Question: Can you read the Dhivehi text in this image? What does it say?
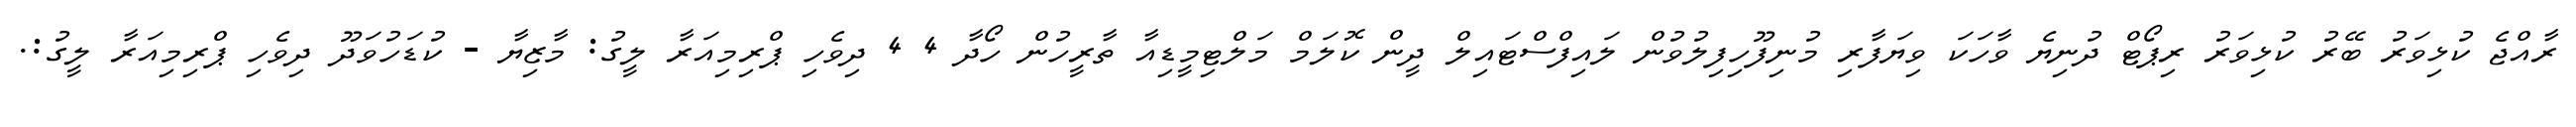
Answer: ރާއްޖެ ކުޅިވަރު ބޭރު ކުޅިވަރު ރިޕޯޓް ދުނިޔެ ވާހަކަ ވިޔަފާރި މުނިފޫހިފިލުވުން ލައިފްސްޓައިލް ދީން ކޮލަމް މަލްޓިމީޑިއާ ތާރީހުން ހޯދާ 4 4 ދިވެހި ޕްރިމިއަރާ ލީގު: މާޒިޔާ - ކުޑަހުވަދޫ ދިވެހި ޕްރިމިއަރާ ލީގު:.